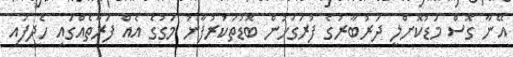
އޭނާ ގޮސް މަޑުކޮށްލީ ދަރުބާރުގެ ފުރަގަހުން ބޮޑުތަކުރުފާނު މަގުގެ އެއް ފަރާތެއްގައި ހެދިފައި